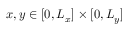
x , y \in [ 0 , L _ { x } ] \times [ 0 , L _ { y } ]